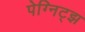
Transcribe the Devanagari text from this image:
पेग्निट्झ